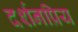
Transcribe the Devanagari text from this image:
दर्शनप्रिय